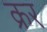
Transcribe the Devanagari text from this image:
क्रर